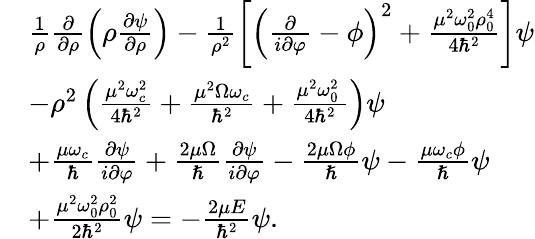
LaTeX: \begin{array}{rl}&{\frac{1}{\rho}\frac{\partial}{\partial\rho}\left(\rho\frac{\partial\psi}{\partial\rho}\right)-\frac{1}{\rho^{2}}\left[\left(\frac{\partial}{i\partial\varphi}-\phi\right)^{2}+\frac{\mu^{2}\omega_{0}^{2}\rho_{0}^{4}}{4\hbar^{2}}\right]\psi}\\ &{-\rho^{2}\left(\frac{\mu^{2}\omega_{c}^{2}}{4\hbar^{2}}+\frac{\mu^{2}\Omega\omega_{c}}{\hbar^{2}}+\frac{\mu^{2}\omega_{0}^{2}\, }{4\hbar^{2}}\right)\psi}\\ &{+\frac{\mu\omega_{c}}{\hbar}\frac{\partial\psi}{i\partial\varphi}+\frac{2\mu\Omega}{\hslash}\frac{\partial\psi}{i\partial\varphi}-\frac{2\mu\Omega\phi}{\hslash}\psi-\frac{\mu\omega_{c}\phi}{\hslash}\psi}\\ &{+\frac{\mu^{2}\omega_{0}^{2}\rho_{0}^{2}}{2\hbar^{2}}\psi=-\frac{2\mu E}{\hbar^{2}}\psi.}\end{array}